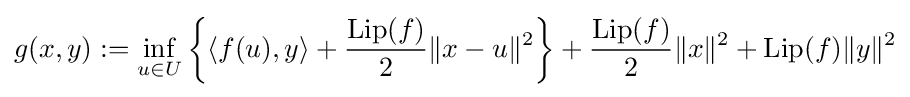
g(x,y):=\inf _{u\in U}\left\{\langle f(u),y\rangle +{\frac {{\text{Lip}}(f)}{2}}\|x-u\|^{2}\right\}+{\frac {{\text{Lip}}(f)}{2}}\|x\|^{2}+{\text{Lip}}(f)\|y\|^{2}